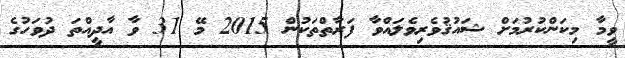
ވީމާ މިކަންކުރުމަށް ޝައުޤުވެރިވެލައްވާ ފަރާތްތަކުން 2015 މޭ 31 ވާ އާދީއްތަ ދުވަހުގެ